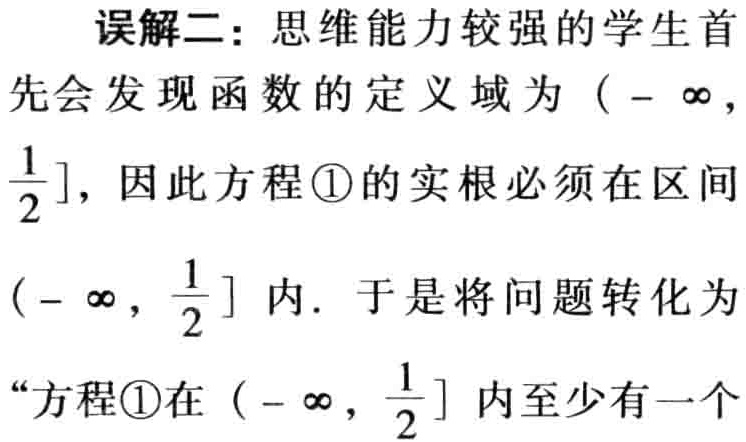
误解二：思维能力较强的学生首先会发现函数的定义域为\((-\infty,\frac{1}{2}]\)，因此方程\textcircled{1}的实根必须在区间\((-\infty,\frac{1}{2}]\)内．于是将问题转化为“方程\textcircled{1}在\((-\infty,\frac{1}{2}]\)内至少有一个